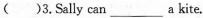
( )3.Sally can___a kite.